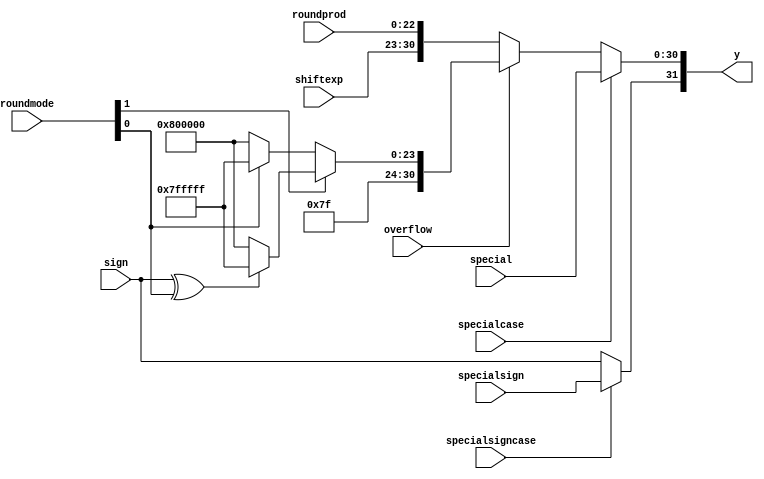
`define NWIDTH 6'b010100
`define BLOCKWIDTH 4'b0111
`define DDRWIDTH 7'b0100000
`define DDRNUMDQS 4'b0100
`define DDRSIZEWIDTH 6'b011000
`define BURSTLEN 3'b010
`define MEMCONWIDTH 8'b01000000
`define MEMCONNUMBYTES 5'b01000
`define RAMWIDTH 12'b010000000000
`define RAMNUMBYTES 9'b010000000
`define RAMSIZEWIDTH 4'b0111
`define TOPWIDTH 7'b0100000
`define rFIFOINPUTWIDTH 8'b01000000
`define wFIFOINPUTWIDTH 12'b010000000000
`define mFIFOWIDTH 6'b011100
`define aFIFOWIDTH 4'b0111
`define SIMULATION_MEMORY
`define BLOCKM 8'b01000000
`define BLOCKN 8'b01000000
`define BLOCKMDIVK 3'b010
`define MEMBLOCKM 7'b0100000
`define MEMBLOCKN 7'b0100000
`define NWIDTH 6'b010100
`define BLOCKWIDTH 4'b0111
`define DDRSIZEWIDTH 6'b011000
`define RAMSIZEWIDTH 4'b0111
`define START 1'b0 //0
`define SETUP 2'b01 //1
`define FIRST 3'b010 //2
`define MODE0_SETUP 3'b011 //3
`define MODE0_WAIT 4'b0100 //4
`define MODE0 4'b0101 //5
`define MODE1_SETUP 4'b0110 //6
`define MODE1_WAIT 4'b0111 //7
`define MODE1 5'b01000 //8
`define MODE2_SETUP 5'b01001 //9
`define MODE2_WAIT 5'b01010 //10
`define MODE2 5'b01011 //11
`define MODE3_SETUP 5'b01100 //12
`define MODE3_WAIT 5'b01101 //13
`define MODE3 5'b01110 //14
`define STALL 5'b01111 //15
`define STALL_WAIT 6'b010000 //16
`define WAIT 6'b010001 //17
`define FINAL_WRITE 6'b010010 //18
`define FINAL_WAIT 6'b010011 //19
`define IDLE 6'b010100 //20
`define LAST_SETUP 6'b010101 //21
`define LAST_SETUP_WAIT 6'b010110 //22
`define LAST 6'b010111 //23
`define LAST_WAIT 6'b011000 //24
`define MEM_IDLE 1'b0 //0
`define MEM_WRITE 2'b01 //1
`define MEM_WRITE_WAIT 3'b010 //2
`define MEM_CHECK_DONE 3'b011 //3
`define MEM_READ 4'b0100 //4
`define MEM_READ_WAIT 4'b0101 //5
`define MEM_DONE 4'b0110 //6
`define MEM_WAIT_DONE 4'b0111 //7
`define rRAMSIZEWIDTH 7
`define cSETUP 4'b0000
`define cSTART 4'b0001
`define cFETCH_COL 4'b0010
`define cWAIT_COL 4'b0011
`define cFIND_REC 4'b0100
`define cMULT_COL 4'b0101
`define cUPDATE_J 4'b0110
`define cSTORE_MO 4'b0111
`define cMULT_SUB 4'b1000
`define cINCRE_I 4'b1001
`define cWAIT 4'b1010
`define cDONE 4'b1011
`define cSTORE_DIAG 4'b1100
`define cSTORE_DIAG2 4'b1101
`define cSTART_FETCH_ROW 4'b1110
`define cROW_WAIT 2'b00
`define cFETCH_ROW 2'b01
`define cDONE_FETCH_ROW 2'b10
`define cLOAD_ROW_INC_J 2'b11
`define PRECISION 7'b0100000
`define NUMPE 7'b0100000
`define PEWIDTH 4'b0101
`define BLOCKWIDTH 4'b0111
`define RAMWIDTH 12'b010000000000
`define RAMNUMBYTES 9'b010000000
`define RAMSIZEWIDTH 4'b0111
`define TOPSIZEWIDTH 5'b01100
`define TOPINPUTDELAY 3'b011
`define TOPOUTPUTDELAY 2'b01
`define MEMINPUTDELAY 3'b010
`define MEMOUTPUTDELAY 2'b01
`define TOPWIDTH 7'b0100000
//`define rFIFOINPUTWIDTH 64
`define rFIFOSIZE 256
`define rFIFOSIZEWIDTH 8
`define rFIFOOUTPUTWIDTH 1024
`define rFIFORSIZEWIDTH 4
	`define wFIFOINPUTWIDTH 12'b010000000000
	`define wFIFOSIZE 6'b010000
	`define wFIFOSIZEWIDTH 4'b0100
	`define wFIFOOUTPUTWIDTH 8'b01000000
	`define wFIFORSIZEWIDTH 5'b01000
`define aFIFOSIZE 6'b010000
`define aFIFOSIZEWIDTH 4'b0100
`define aFIFOWIDTH 4'b0111
`define mFIFOSIZE 16
`define mFIFOSIZEWIDTH 4
//`define mFIFOWIDTH 28
`define BURSTLEN 3'b010
`define BURSTWIDTH 3'b010
`define DATAWIDTH 12'b010000000000
`define DATANUMBYTES 9'b010000000
`define MEMCONWIDTH 8'b01000000
`define MEMCONNUMBYTES 5'b01000
`define DDRSIZEWIDTH 6'b011000
`define FIFOSIZE 6'b010000
`define FIFOSIZEWIDTH 4'b0100
`define RAMWIDTH 12'b010000000000
`define RAMNUMBYTES 9'b010000000
`define RAMSIZEWIDTH 4'b0111
`define RATIO 6'b010000
`define RAMLAT 4'b0101
`define dIDLE 0
`define dWRITE 1
`define dREAD 2
`define ZERO        8'b00000000  
`define ONE         8'b00000001  
`define TWO         8'b00000010  
`define THREE 		  8'b00000011  
`define FOUR		  8'b00000100  
`define FIVE		  8'b00000101  
`define SIX         8'b00000110  
`define SEVEN       8'b00000111  
`define EIGHT       8'b00001000  
`define NINE        8'b00001001  
`define TEN         8'b00001010  
`define ELEVEN      8'b00001011  
`define TWELVE      8'b00001100  
`define THIRTEEN    8'b00001101  
`define FOURTEEN    8'b00001110  
`define FIFTEEN     8'b00001111  
`define SIXTEEN     8'b00010000  
`define SEVENTEEN   8'b00010001  
`define EIGHTEEN	  8'b00010010  
`define NINETEEN    8'b00010011  
`define TWENTY		  8'b00010100  
`define TWENTYONE   8'b00010101  
`define TWENTYTWO   8'b00010110  
`define TWENTYTHREE 8'b00010111  
`define TWENTYFOUR  8'b00011000  
`define WEXP	8  
`define WSIG	23  
`define WFLAG	5  
`define WCONTROL 5  
`define DIVZERO 	0  
`define INVALID 	1  
`define INEXACT 	2  
`define OVERFLOW 	3  
`define UNDERFLOW	4  
`define WIDTH 		32 	//(`WEXP + `WSIG + 1)  
`define PRODWIDTH	48 	//(2 * (`WSIG + 1))  
`define SHIFTWIDTH	96 	//(2 * `PRODWIDTH))  
`define WPRENORM	24	// `WSIG + 1  
`define WEXPSUM		10	// `WEXP + 2  
`define BIAS		127	// (2^(`WEXP)) - 1  
`define WSIGMINUS1	22	// `WSIG - 1, used for rounding  
`define WSHIFTAMT	5	// log2(`WSIG + 1) rounded up  
`define UNDERBIAS	192	// 3 * 2 ^ (`WEXP -2)  
`define OVERBIAS	-192	// -`UNDERBIAS  
`define	EXTRASIG	25		// `WSIG+2 this is the amount of precision needed so no  
`define	SHIFT		5		// # bits the max alignment shift will fit in (log2(`WSIG+2)  
`define	MAX_EXP		8'b11111110	// the maximum non-infinite exponent,  
`define	INF_EXP		8'b11111111	// Infinity exponent, `WEXP bits, all 1  
`define	MAX_SIG		23'b11111111111111111111111  
`define	WEXP_0		8'b0		// Exponent equals `WEXP'b0  
`define	WEXP_1		8'b1		// Exponent equals one `WEXP'b1  
`define	WSIG_0		23'b0		// Significand equals zero `WSIG'b0  
`define	WSIG_1		23'b1		// Significand equals one `WSIG'b1  
`define	EXTRASIG_0	25'b0		// All result bits for adder zero `EXTRASIG'b0  
`define	MAXSHIFT	24		// `WSIG + 1  
`define CONSTNAN	{9'b111111111,22'b0}  
`define CONSTZERO	31'b0  
`define CONSTINFINITY	{8'b11111111, 23'b0}  
`define CONSTLARGEST	{`MAX_EXP, `MAX_SIG}  
`define PRESHIFTZEROS  48'b0 // `PRODWIDTH'b0  

module assemble(roundprod, special, y, sign, specialsign,  
		shiftexp, specialcase, specialsigncase, 
		roundmode, overflow); 
 
  // external signals 
  input	[`WSIG-1:0] 	roundprod;	// shifted, rounded and normalized  
					// 	product of mantissae 
  input	[`WIDTH-2:0]	special;	// special case product + exponent 
  output [`WIDTH-1:0] 	y;		// floating-point product 
  input			sign;		// sign of product (+ = 0, - = 1) 
  input			specialsign;	// special case sign 
  input	[`WEXP-1:0] 	shiftexp;	// shifted exponent 
  input			specialcase;	// this is a special case 
  input			specialsigncase; // use the special case sign 
  input	[1:0]		roundmode;	// rounding mode information extracted from control field   
  input			overflow;	// overflow detected 
   
  // internal signals 
  wire	[`WIDTH-2:0]	rounded;	// final product + exponent 
  wire	[`WIDTH-2:0]	overflowvalue;	// product + exponent for overflow condition 
  wire			undenormed;	// the result was denormalized before rounding, but rounding  
					//	caused it to become a small normalized number. 
 
  // SET UP ROUNDED PRODUCT + EXPONENT 
   
  // assign significand 
  assign rounded[`WSIG-1:0]	= roundprod; 
 
  // assign exponent 
  assign rounded[`WIDTH-2:`WIDTH-`WEXP-1] = shiftexp; 
 
  // SET UP OVERFLOW CONDITION 
  assign overflowvalue[`WIDTH-2:0] = roundmode[1] ?  
				(sign ^ roundmode[0] ? `CONSTLARGEST : `CONSTINFINITY) : 
				(roundmode[0] ? `CONSTLARGEST: `CONSTINFINITY); 
 
  // FINAL PRODUCT ASSIGN  
 
  // assign sign 
  assign y[`WIDTH-1]	= specialsigncase ? specialsign : sign; 
 
  // assign product vs special vs overflowed 
  assign y[`WIDTH-2:0]	= specialcase ? special[`WIDTH-2:0] : 
				(overflow ? overflowvalue[`WIDTH-2:0] : 
				rounded[`WIDTH-2:0]); 
 
endmodule